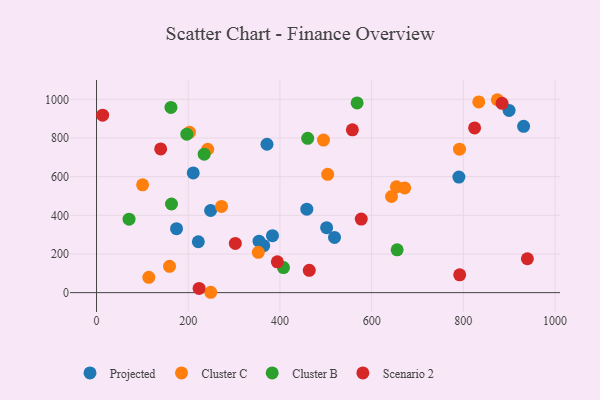
{"axis": {"x": "Speed", "y": "Rating"}, "legend": ["Cluster B", "Cluster C", "Projected", "Scenario 2"], "data": [{"x": "364.6", "y": 243.0, "type": "Projected"}, {"x": "371.7", "y": 767.7, "type": "Projected"}, {"x": "458.6", "y": 432.0, "type": "Projected"}, {"x": "383.7", "y": 294.6, "type": "Projected"}, {"x": "354.4", "y": 266.4, "type": "Projected"}, {"x": "899.7", "y": 942.8, "type": "Projected"}, {"x": "501.8", "y": 335.9, "type": "Projected"}, {"x": "222.0", "y": 263.4, "type": "Projected"}, {"x": "248.8", "y": 425.0, "type": "Projected"}, {"x": "519.0", "y": 285.8, "type": "Projected"}, {"x": "790.2", "y": 597.6, "type": "Projected"}, {"x": "210.9", "y": 619.2, "type": "Projected"}, {"x": "174.5", "y": 330.7, "type": "Projected"}, {"x": "931.4", "y": 860.2, "type": "Projected"}, {"x": "159.2", "y": 136.2, "type": "Cluster C"}, {"x": "100.5", "y": 557.9, "type": "Cluster C"}, {"x": "643.3", "y": 497.4, "type": "Cluster C"}, {"x": "242.5", "y": 741.9, "type": "Cluster C"}, {"x": "874.1", "y": 998.0, "type": "Cluster C"}, {"x": "672.1", "y": 541.8, "type": "Cluster C"}, {"x": "249.1", "y": 1.9, "type": "Cluster C"}, {"x": "654.0", "y": 547.6, "type": "Cluster C"}, {"x": "791.6", "y": 742.1, "type": "Cluster C"}, {"x": "495.0", "y": 789.1, "type": "Cluster C"}, {"x": "504.1", "y": 612.1, "type": "Cluster C"}, {"x": "352.8", "y": 208.5, "type": "Cluster C"}, {"x": "202.7", "y": 829.6, "type": "Cluster C"}, {"x": "833.6", "y": 986.6, "type": "Cluster C"}, {"x": "114.0", "y": 79.3, "type": "Cluster C"}, {"x": "272.6", "y": 446.2, "type": "Cluster C"}, {"x": "70.9", "y": 380.0, "type": "Cluster B"}, {"x": "407.7", "y": 129.6, "type": "Cluster B"}, {"x": "234.8", "y": 716.5, "type": "Cluster B"}, {"x": "655.6", "y": 221.6, "type": "Cluster B"}, {"x": "460.5", "y": 798.4, "type": "Cluster B"}, {"x": "568.3", "y": 981.6, "type": "Cluster B"}, {"x": "196.9", "y": 819.7, "type": "Cluster B"}, {"x": "162.3", "y": 958.0, "type": "Cluster B"}, {"x": "163.5", "y": 458.6, "type": "Cluster B"}, {"x": "223.7", "y": 21.9, "type": "Scenario 2"}, {"x": "139.9", "y": 743.7, "type": "Scenario 2"}, {"x": "13.3", "y": 918.0, "type": "Scenario 2"}, {"x": "939.6", "y": 175.4, "type": "Scenario 2"}, {"x": "463.9", "y": 115.4, "type": "Scenario 2"}, {"x": "577.3", "y": 380.6, "type": "Scenario 2"}, {"x": "558.0", "y": 842.1, "type": "Scenario 2"}, {"x": "394.3", "y": 159.2, "type": "Scenario 2"}, {"x": "824.5", "y": 852.2, "type": "Scenario 2"}, {"x": "792.0", "y": 92.3, "type": "Scenario 2"}, {"x": "884.4", "y": 979.4, "type": "Scenario 2"}, {"x": "302.7", "y": 254.4, "type": "Scenario 2"}]}